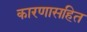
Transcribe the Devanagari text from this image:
कारणासहित